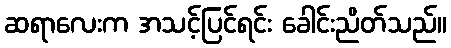
ဆရာလေးက အသင့်ပြင်ရင်း ခေါင်းညိတ်သည်။